Reports on dispensaries and lunatic asylums in the Province of Oudh - 1869-1876
Year: 1869
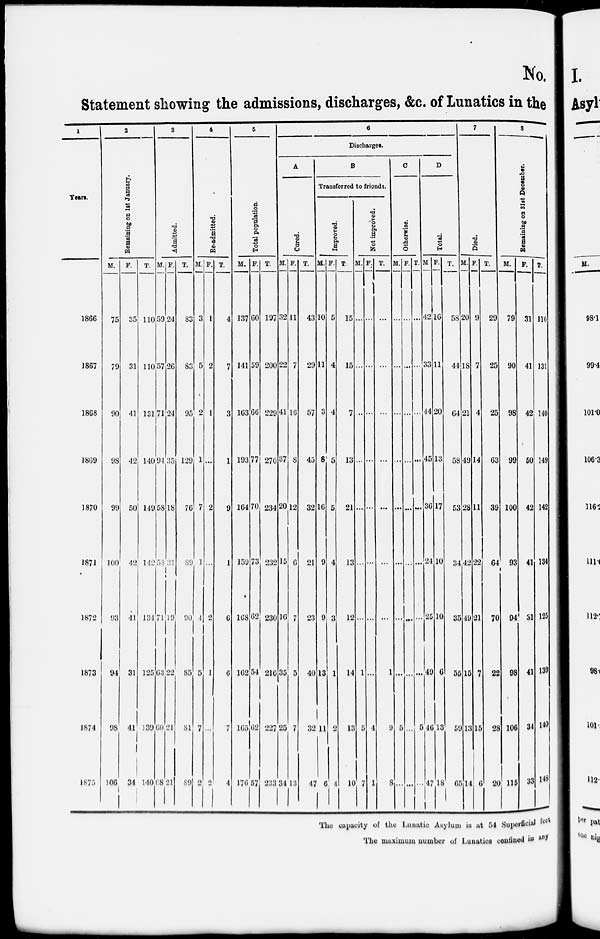
No.
Statement showing the admissions, discharges, &c. of Lunatics in the
1
Year.
1866
1867
1868
1869
1870
1871
1872
1873
1874
1875
2
Remaining on 1st January.
M.
75
79
90
98
99
100
93
94
98
106
F.
35
31
41
42
50
42
41
31
41
34
T.
110
110
131
140
149
142
134
125
139
140
3
Admitted.
M.
59
57
71
94
58
58
71
63
60
68
F.
24
26
24
35
18
31
19
22
21
21
T.
83
83
95
129
76
89
90
85
81
89
4
Re-admitted.
M.
3
5
2
1
7
1
4
5
7
2
F.
1
2
1
...
2
...
2
1
...
2
T.
4
7
3
1
9
1
6
6
7
4
5
Total population.
M.
137
141
163
193
164
159
168
162
165
176
F.
60
59
66
77
70
73
62
54
62
57
T.
197
200
229
270
234
232
230
216
227
233
6
Discharges.
A
Cured.
M.
32
22
41
37
20
15
16
35
25
34
F.
11
7
16
8
12
6
7
5
7
13
T.
43
29
57
45
32
21
23
40
32
47
B
Transferred to friends.
Improved.
M.
10
11
3
8
16
9
9
13
11
6
F.
5
4
4
5
5
4
3
1
2
4
T.
15
15
7
13
21
13
12
14
13
10
Not improved.
M.
...
...
..
...
...
...
...
1
5
7
F.
...
...
...
...
...
...
...
...
4
1
T.
...
...
...
...
...
...
...
1
9
8
C
Otherwise.
M.
...
...
...
...
...
...
...
...
5
...
F.
...
...
...
...
...
...
...
...
...
...
T.
...
...
...
...
...
...
...
...
5
...
D
Total.
M
42
33
44
45
36
24
25
49
46
47
F.
16
11
20
13
17
10
10
6
13
18
T.
58
44
64
58
53
34
35
55
59
65
7
Died.
M.
20
18
21
49
28
42
49
15
13
14
F.
9
7
4
14
11
22
21
7
15
6
T.
29
25
25
63
39
64
70
22
28
20
8
Remaining on 31st December.
M.
79
90
98
99
100
93
94
98
106
115
F.
31
41
42
50
42
41
31
41
34
33
T.
110
131
140
149
142
134
125
139
140
148
The capacity of the Lunatic Asylum is at 54 Superficial feet
The maximum number of Lunatics confined in any